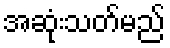
အဆုံးသတ်မည်